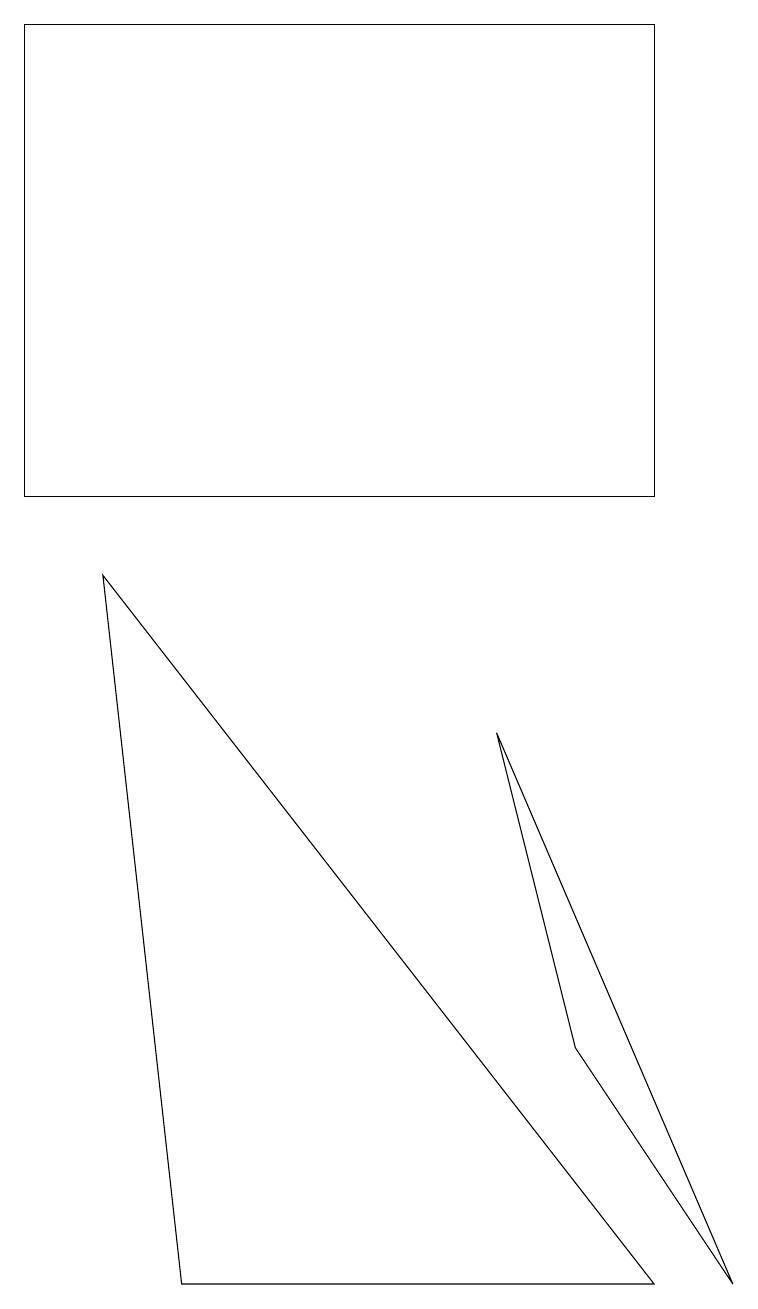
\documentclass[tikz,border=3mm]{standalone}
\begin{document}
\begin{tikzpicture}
\draw (1,9) -- (2,0) -- (8,0) -- cycle;
\draw (6,7) -- (9,0) -- (7,3) -- cycle;
\draw (8,16) rectangle (0,10);
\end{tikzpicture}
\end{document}